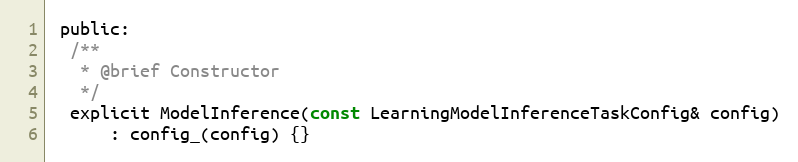
Language: C
 public:
  /**
   * @brief Constructor
   */
  explicit ModelInference(const LearningModelInferenceTaskConfig& config)
      : config_(config) {}